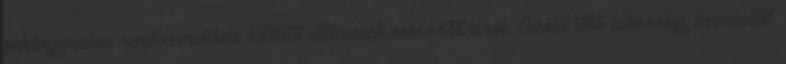
önkényuralmi rendszerekhez köthető utcanevek módosításáról. Azóta több lakossági észrevétel